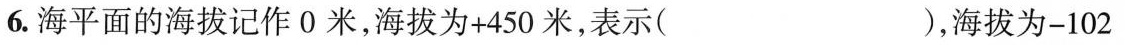
6.海平面的海拔记作0米，海拔为+450米，表示()，海拔为-102